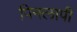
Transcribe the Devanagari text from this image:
पिनलापी